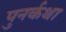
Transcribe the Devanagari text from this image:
पुनर्कथा